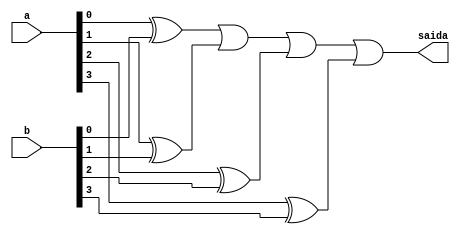
// ------------------------- 
// Exemplo0024 - COMPARADOR
// Nome: Ana Cristina Pereira Teixeira
// ------------------------- 

// ------------------------- 
// --- diferenca
// ------------------------- 
module diferenca (output saida, input [3:0]a, input [3:0]b);
	
	wire [3:0]s;
	
	xor XOR1 (s[0], a[0], b[0]);
	xor XOR2 (s[1], a[1], b[1]);
	xor XOR3 (s[2], a[2], b[2]);
	xor XOR4 (s[3], a[3], b[3]);
	
	or OR1 (saida, s[0], s[1], s[2], s[3]);

endmodule // -- diferenca

// ------------------------- 
// --- modulo de teste
// ------------------------- 
module test_diferenca;
	
	reg  [3:0] x;
	reg  [3:0] y;
	
	wire z;
	
	diferenca modulo (z, x, y);
	
	// --- parte principal
	initial begin
		$display("Exemplo0024 - Ana Cristina Pereira Teixeira(427385)");
		$display("Test ALU's comparador para diferena \n");
		
		$display("x =! y --->  saida \n");
		#1 x = 4'b0001; y = 4'b0010;
		$monitor("%4b =! %4b ---> %4b", x, y, z);
		
		#1 x = 4'b1010; y = 4'b1100;
		
		#1 x = 4'b1110; y = 4'b1110;
		#1 x = 4'b0100; y = 4'b0011;
		#1 x = 4'b0011; y = 4'b0101;
		#1 x = 4'b0000; y = 4'b1111;
		#1 x = 4'b1010; y = 4'b1010;
		
	end
	
endmodule // -- diferenca
// --- previsao de testes
// -- x =! y --->  saida
// --
// -- 0001 =! 0010 --->    1
// -- 1010 =! 1100 --->    1
// -- 1110 =! 1110 --->    0
// -- 0100 =! 0011 --->    1
// -- 0011 =! 0101 --->    1
// -- 0000 =! 1111 --->    1
// -- 1010 =! 1010 --->    0